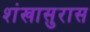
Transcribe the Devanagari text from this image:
शंखासुरास